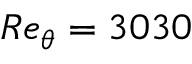
R e _ { \theta } = 3 0 3 0